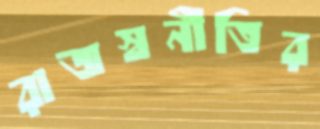
রাজস্বনীতির